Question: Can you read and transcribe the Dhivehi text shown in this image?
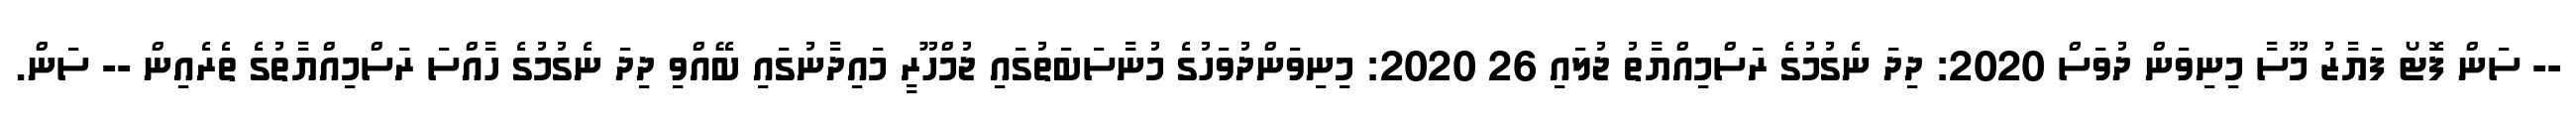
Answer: -- ސަން ފޮޓޯ ފަޔާޒު މޫސާ މިނިވަން ދުވަސް 2020: ދިދަ ނެގުމުގެ ރަސްމިއްޔާތު ޖުލައި 26 2020: މިނިވަންދުވަހުގެ މުނާސަބަތުގައި ޖުމްހޫރީ މައިދާނުގައި ބޭއްވި ދިދަ ނެގުމުގެ ހާއްސަ ރަސްމިއްޔާތުގެ ތެރެއިން -- ސަން.